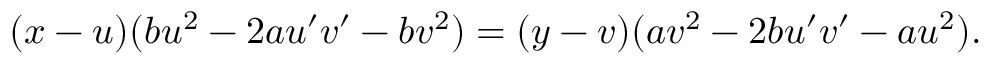
( x - u ) ( b u ^ { 2 } - 2 a u ^ { \prime } v ^ { \prime } - b v ^ { 2 } ) = ( y - v ) ( a v ^ { 2 } - 2 b u ^ { \prime } v ^ { \prime } - a u ^ { 2 } ) .